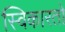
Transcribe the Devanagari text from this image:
स्विकारतो